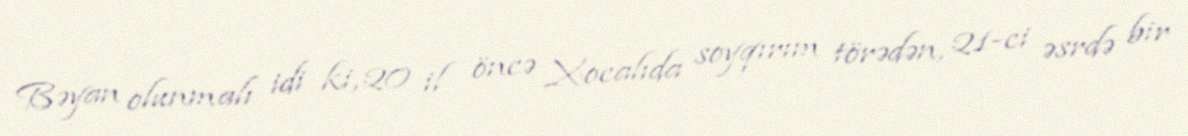
Bəyan olunmalı idi ki, 20 il öncə Xocalıda soyqırım törədən, 21-ci əsrdə bir